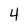
Character: 4